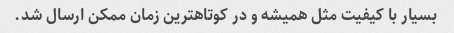
بسیار با کیفیت مثل همیشه و در کوتاهترین زمان ممکن ارسال شد.